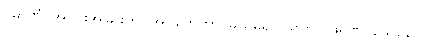
ပမာဏံ၊ အပိုင်းအခြားကို။ အဂ္ဂဟေတွာ၊ မယူမူ၍။ သကလဖရဏဝသေနေဝ၊